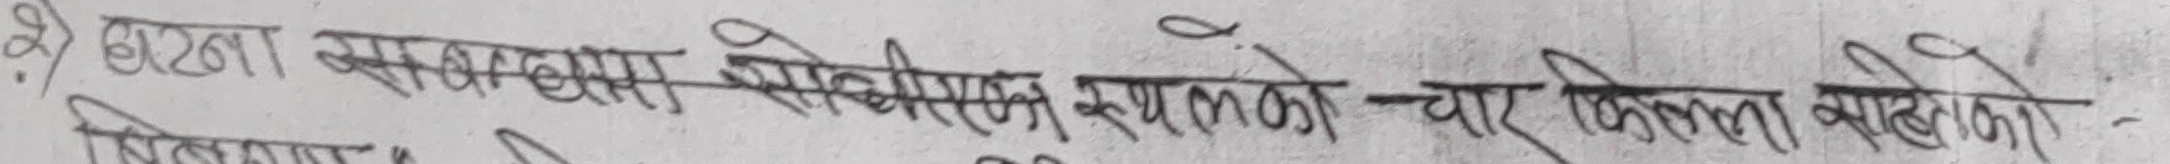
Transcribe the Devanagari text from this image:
२. ढाँचा सुधार सोधिएको रूपमा चार किल्ला बाँधेको।